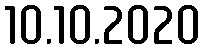
10.10.2020